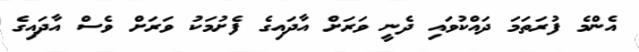
އެންމެ ފުރަތަމަ ދައްކުވައި ދެނީ ވަރަށް އާދައިގެ ފެށުމަކު ވަރަށް ވެސް އާދައިގެ